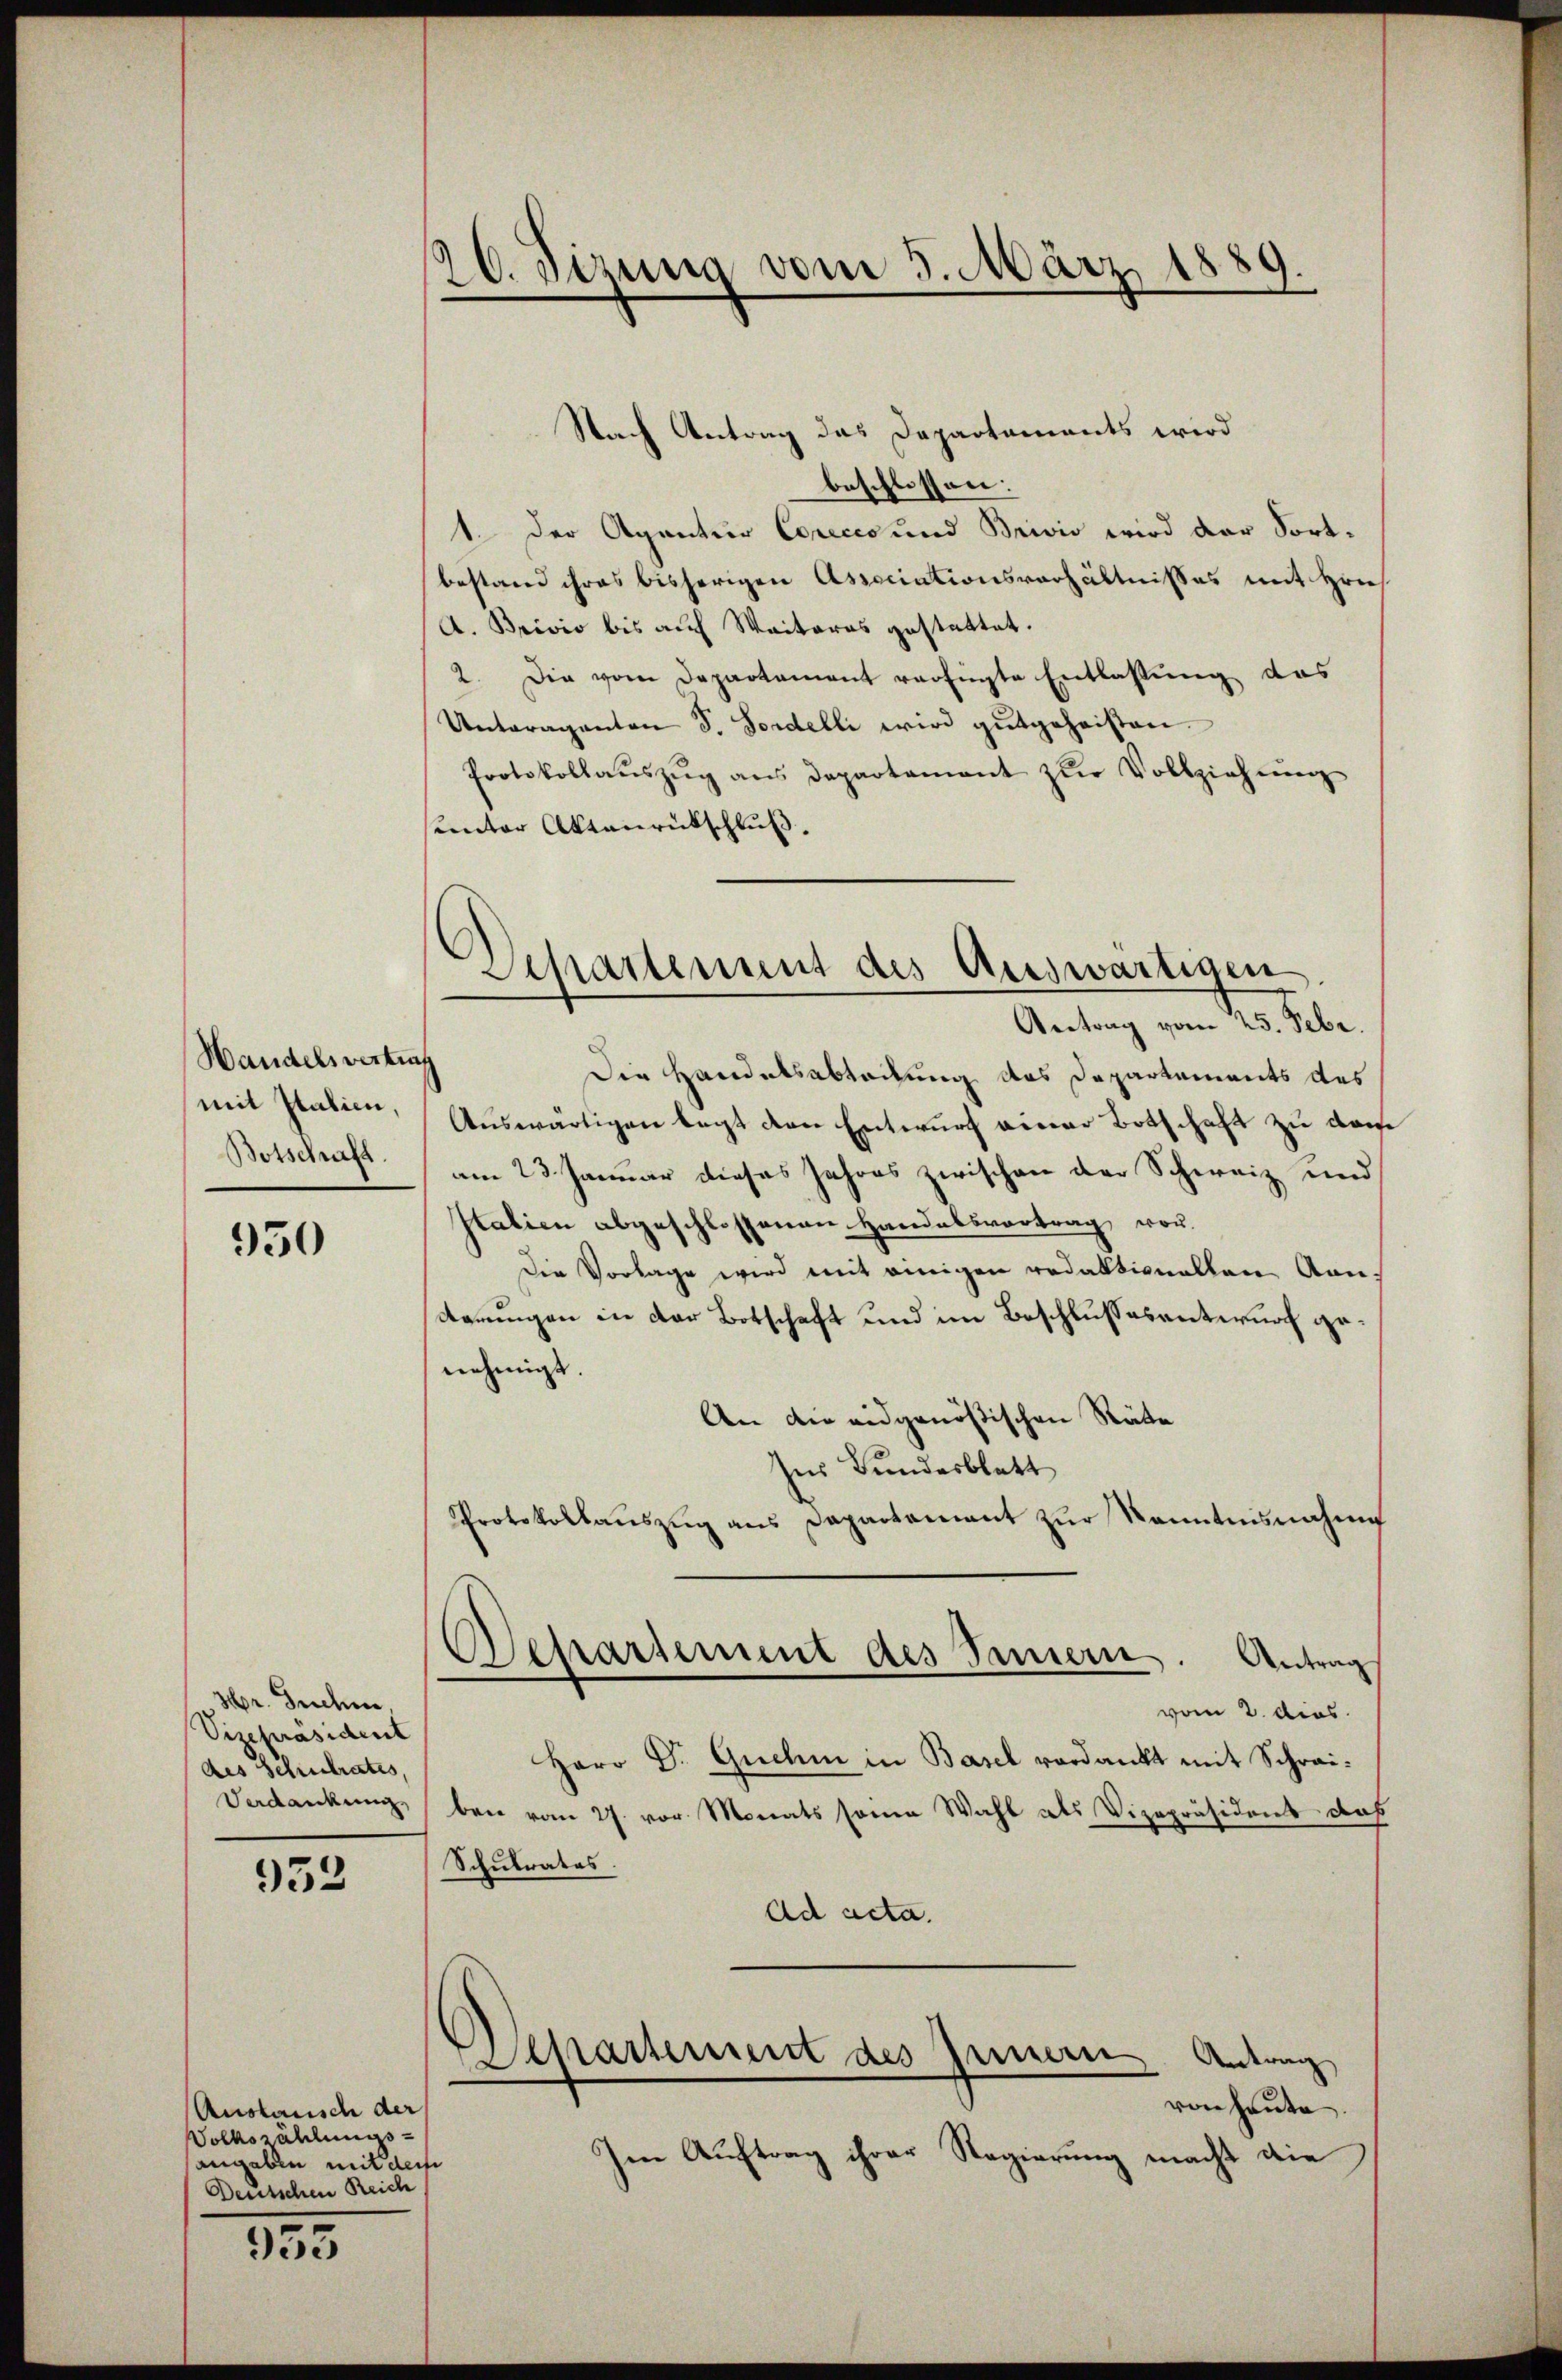
Handelsvertrag
mit Italien,
Botschaft.

950

Hr. Techne,
Vizepräsident
des Schulrates,
Vedankung,

933

Auslausch der
Volkszählung
angaben mit derse
Deutschen Reich

953

8
20. Sizung vom 3. März 1

Separtement des Auswärtigen
Antrag vom 25. Febr.

Nach Antrag das Departaments wird
beschlossen:
1. Der Agantur Coreces und Brivio wird der Fortbestand ihres bisherigen Associationsverhältnisses mit Hrn.
A. Brivio bis auf Weiteres gestattet.
2. Die vom Departement verfügte Entlassung das
Untaraganten S. Fordelli wird gutgeheisten.
Protokollaŭszŭg ans Departamant zŭr Vollziehung
sunter Aktenrückschluß.
Die Handelsabteilung des Departements des
Auswärtigen legt den Entwurf einer Botschaft zu darfe
am 23. Januar dieses Jahres zwischen der Schweiz und
Italien abgeschlossenen Handelsvortrag vor¬
Die Vorlage wird mit einigen redaktionellen Kon-
Kommungen in der Botschaft und im Beschlusses unternoch genehmigt.
An die eidgenößischen Räte
Ins Bundesblatt
Protokollaŭszŭg ans Departamant zŭr Kenntnisnahme
Separtement des Innern. Antrag
vom 2. dies
Herr D. Quehm in Basel verdankt mit Schreiben vom 27. vor. Monats seine Wahl als Vizepräsident daß
Schulrates.
Ad acta.
Separtement des Innern Antrag
von heute.
Im Aŭftrag ihrer Regierŭng macht die